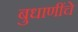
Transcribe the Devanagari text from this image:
बुधाणींचे